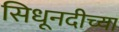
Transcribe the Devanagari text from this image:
सिधूनदीच्या